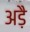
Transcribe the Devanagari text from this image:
अड़ै